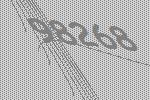
98268